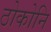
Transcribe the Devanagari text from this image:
ठोकोनि